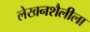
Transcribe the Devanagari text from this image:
लेखनशैलीला